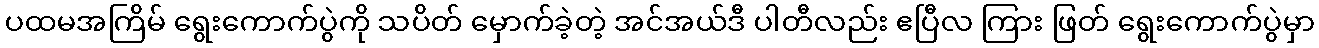
ပထမအကြိမ် ရွေးကောက်ပွဲကို သပိတ် မှောက်ခဲ့တဲ့ အင်အယ်ဒီ ပါတီလည်း ဧပြီလ ကြား ဖြတ် ရွေးကောက်ပွဲမှာ